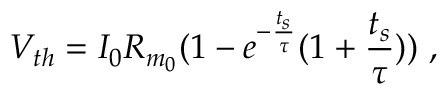
V _ { t h } = I _ { 0 } R _ { m _ { 0 } } ( 1 - e ^ { - \frac { t _ { s } } { \tau } } ( 1 + \frac { t _ { s } } { \tau } ) ) ~ ,